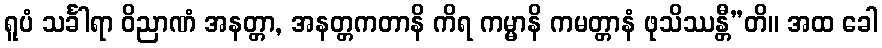
ရူပံ သင်္ခါရာ ဝိညာဏံ အနတ္တာ, အနတ္တကတာနိ ကိရ ကမ္မာနိ ကမတ္တာနံ ဖုသိဿန္တီ”တိ။ အထ ခေါ